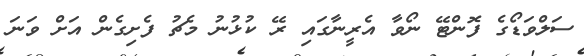
ސަލްވަޑޯގެ ފޮންޓޭ ނޯވާ އެރީނާގައި ރޭ ކުޅުނު މެޗު ފެށިގެން އަށް ވަނަ